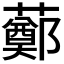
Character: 𧀿